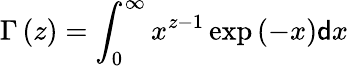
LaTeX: \Gamma\left(z\right)=\int_{0}^{\infty}x^{z-1}\exp\left(-x\right)\mathsf{d}x